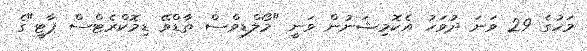
މަހުގެ 29 ވަނަ ދުވަހު އެކޮމިޝަނުން ވަނީ "މޯލްޑިވްސް ތާޑްވޭ ޑިމޮކްރެޓްސް ޕާޓީ"ގެ